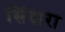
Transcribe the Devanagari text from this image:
सिंदारा